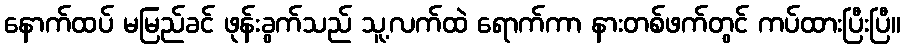
နောက်ထပ် မမြည်ခင် ဖုန်းခွက်သည် သူ့လက်ထဲ ရောက်ကာ နားတစ်ဖက်တွင် ကပ်ထားပြီးပြီ။